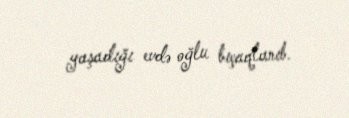
yaşadığı evdə oğlu bıçaqlanıb.